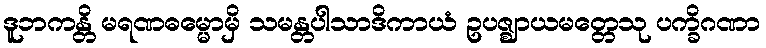
ဒူဘကန္တိ မရဏဓမ္မောမှိ သမန္တပါသာဒိကာယံ ဥပဇ္ဈာယမတ္တေသု ပက္ခိဂဏာ